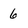
Character: 6